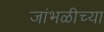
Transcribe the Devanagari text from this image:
जांभळीच्या